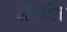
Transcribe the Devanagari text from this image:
शैलींत